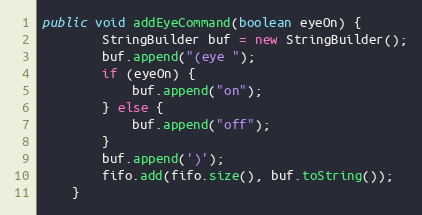
Language: Java
public void addEyeCommand(boolean eyeOn) {
        StringBuilder buf = new StringBuilder();
        buf.append("(eye ");
        if (eyeOn) {
            buf.append("on");
        } else {
            buf.append("off");
        }
        buf.append(')');
        fifo.add(fifo.size(), buf.toString());
    }